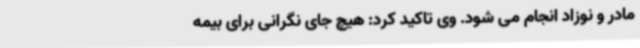
مادر و نوزاد انجام می شود. وی تاکید کرد: هیچ جای نگرانی برای بیمه